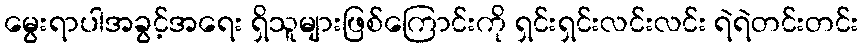
မွေးရာပါအခွင့်အရေး ရှိသူများဖြစ်ကြောင်းကို ရှင်းရှင်းလင်းလင်း ရဲရဲတင်းတင်း